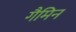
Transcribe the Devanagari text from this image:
गैमिन